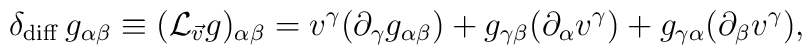
\delta_{\rm diff}\,  g_{\alpha\beta} \equiv  ({\cal L}_{\vec{v}}g)_{\alpha\beta} = v^{\gamma}(    \partial_{\gamma} g_{\alpha\beta} ) + g_{\gamma\beta}( \partial_{\alpha} v^{\gamma} )+ g_{\gamma\alpha}( \partial_{\beta} v^{\gamma}),